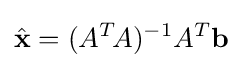
{\hat {\mathbf {x} }}=(A^{T}\!A)^{-1}A^{T}\mathbf {b}